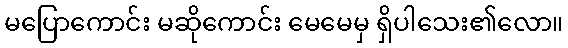
မပြောကောင်း မဆိုကောင်း မေမေမှ ရှိပါသေး၏လော။